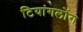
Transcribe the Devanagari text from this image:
टियांगलोंग